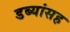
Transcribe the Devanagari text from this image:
डब्यांसह